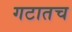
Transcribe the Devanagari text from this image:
गटातच